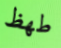
طھظ